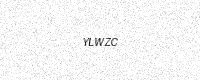
Text: YLWZC